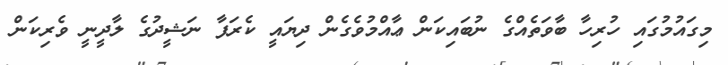
މިގައުމުގައި ހުރިހާ ބާވަތެއްގެ ނުބައިކަން ޢާއްމުވެގެން ދިޔައީ ކެރަފާ ނަޝީދުގެ ލާދީނީ ވެރިކަން